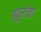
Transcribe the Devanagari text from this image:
खुरांचा